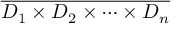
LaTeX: \overline { { D _ { 1 } \times D _ { 2 } \times \cdots \times D _ { n } } }